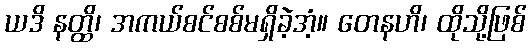
ယဒိ နတ္ထိ၊ အကယ်စင်စစ်မရှိခဲ့အံ့။ တေနဟိ၊ ထိုသို့ဖြစ်